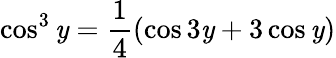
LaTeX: \cos^{3}\mathit{y}=\frac{{1}}{{4}}(\cos3\mathit{y}+3\cos\mathit{y})